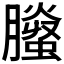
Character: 𦢅